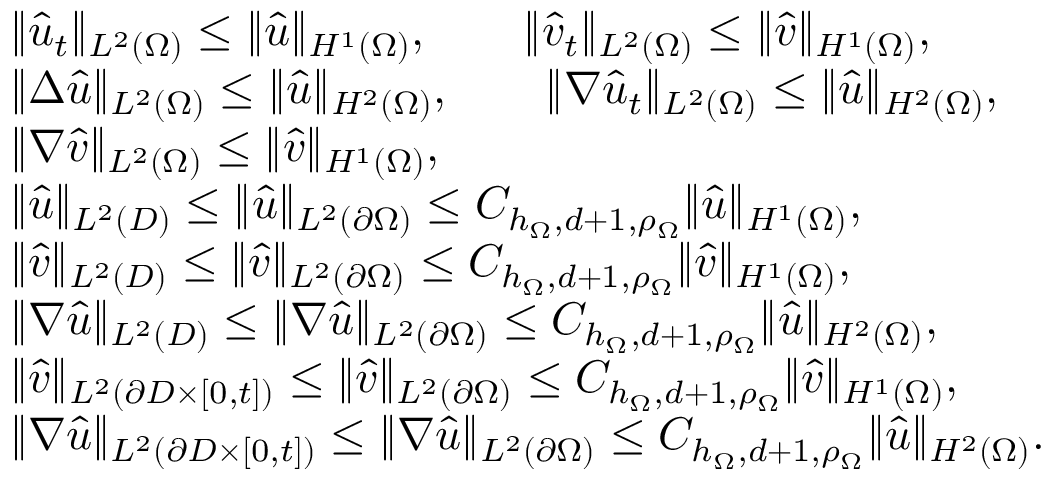
\begin{array} { r l } & { \| \hat { u } _ { t } \| _ { L ^ { 2 } ( \Omega ) } \leq \| \hat { u } \| _ { H ^ { 1 } ( \Omega ) } , \qquad \| \hat { v } _ { t } \| _ { L ^ { 2 } ( \Omega ) } \leq \| \hat { v } \| _ { H ^ { 1 } ( \Omega ) } , } \\ & { \| \Delta \hat { u } \| _ { L ^ { 2 } ( \Omega ) } \leq \| \hat { u } \| _ { H ^ { 2 } ( \Omega ) } , \qquad \| \nabla \hat { u } _ { t } \| _ { L ^ { 2 } ( \Omega ) } \leq \| \hat { u } \| _ { H ^ { 2 } ( \Omega ) } , } \\ & { \| \nabla \hat { v } \| _ { L ^ { 2 } ( \Omega ) } \leq \| \hat { v } \| _ { H ^ { 1 } ( \Omega ) } , } \\ & { \| \hat { u } \| _ { L ^ { 2 } ( D ) } \leq \| \hat { u } \| _ { L ^ { 2 } ( \partial \Omega ) } \leq C _ { h _ { \Omega } , d + 1 , \rho _ { \Omega } } \| \hat { u } \| _ { H ^ { 1 } ( \Omega ) } , } \\ & { \| \hat { v } \| _ { L ^ { 2 } ( D ) } \leq \| \hat { v } \| _ { L ^ { 2 } ( \partial \Omega ) } \leq C _ { h _ { \Omega } , d + 1 , \rho _ { \Omega } } \| \hat { v } \| _ { H ^ { 1 } ( \Omega ) } , } \\ & { \| \nabla \hat { u } \| _ { L ^ { 2 } ( D ) } \leq \| \nabla \hat { u } \| _ { L ^ { 2 } ( \partial \Omega ) } \leq C _ { h _ { \Omega } , d + 1 , \rho _ { \Omega } } \| \hat { u } \| _ { H ^ { 2 } ( \Omega ) } , } \\ & { \| \hat { v } \| _ { L ^ { 2 } ( \partial D \times [ 0 , t ] ) } \leq \| \hat { v } \| _ { L ^ { 2 } ( \partial \Omega ) } \leq C _ { h _ { \Omega } , d + 1 , \rho _ { \Omega } } \| \hat { v } \| _ { H ^ { 1 } ( \Omega ) } , } \\ & { \| \nabla \hat { u } \| _ { L ^ { 2 } ( \partial D \times [ 0 , t ] ) } \leq \| \nabla \hat { u } \| _ { L ^ { 2 } ( \partial \Omega ) } \leq C _ { h _ { \Omega } , d + 1 , \rho _ { \Omega } } \| \hat { u } \| _ { H ^ { 2 } ( \Omega ) } . } \end{array}